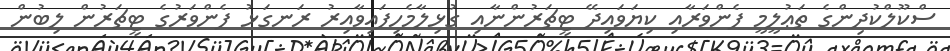
ސްކޫލްކުދިންގެ ތަޢުލީމީ ފެންވަރާއި ކިޔަވައިދޭ ޓީޗަރުންނާއި ގުޅިލާމެހިފައިވާއިރު ރަނގަޅު ފެންވަރުގެ ޓީޗަރުން ލިބުން